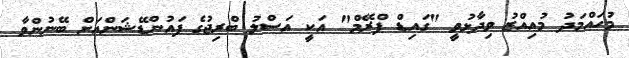
މުހައްމަދު މުއިއްޒު ވިދާޅުވީ "ގައިޑް ފްރޭމް" އަކީ އަސްލު ބްރިޖުގެ ފައުންޑޭޝަންއަށް ބޭނުންވާ